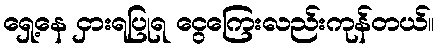
ရှေ့နေ ငှားရပြုရ ငွေကြေးလည်းကုန်တယ်။